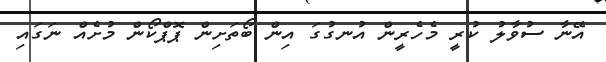
އޭނާ ސުވާލު ކުރީ މެހެރީން އުނގުގަ އިން ބޯތަށިން ޕޮޕްކޯން މުށެއް ނަގައި